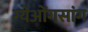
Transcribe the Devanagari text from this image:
ग्येओंगसांग